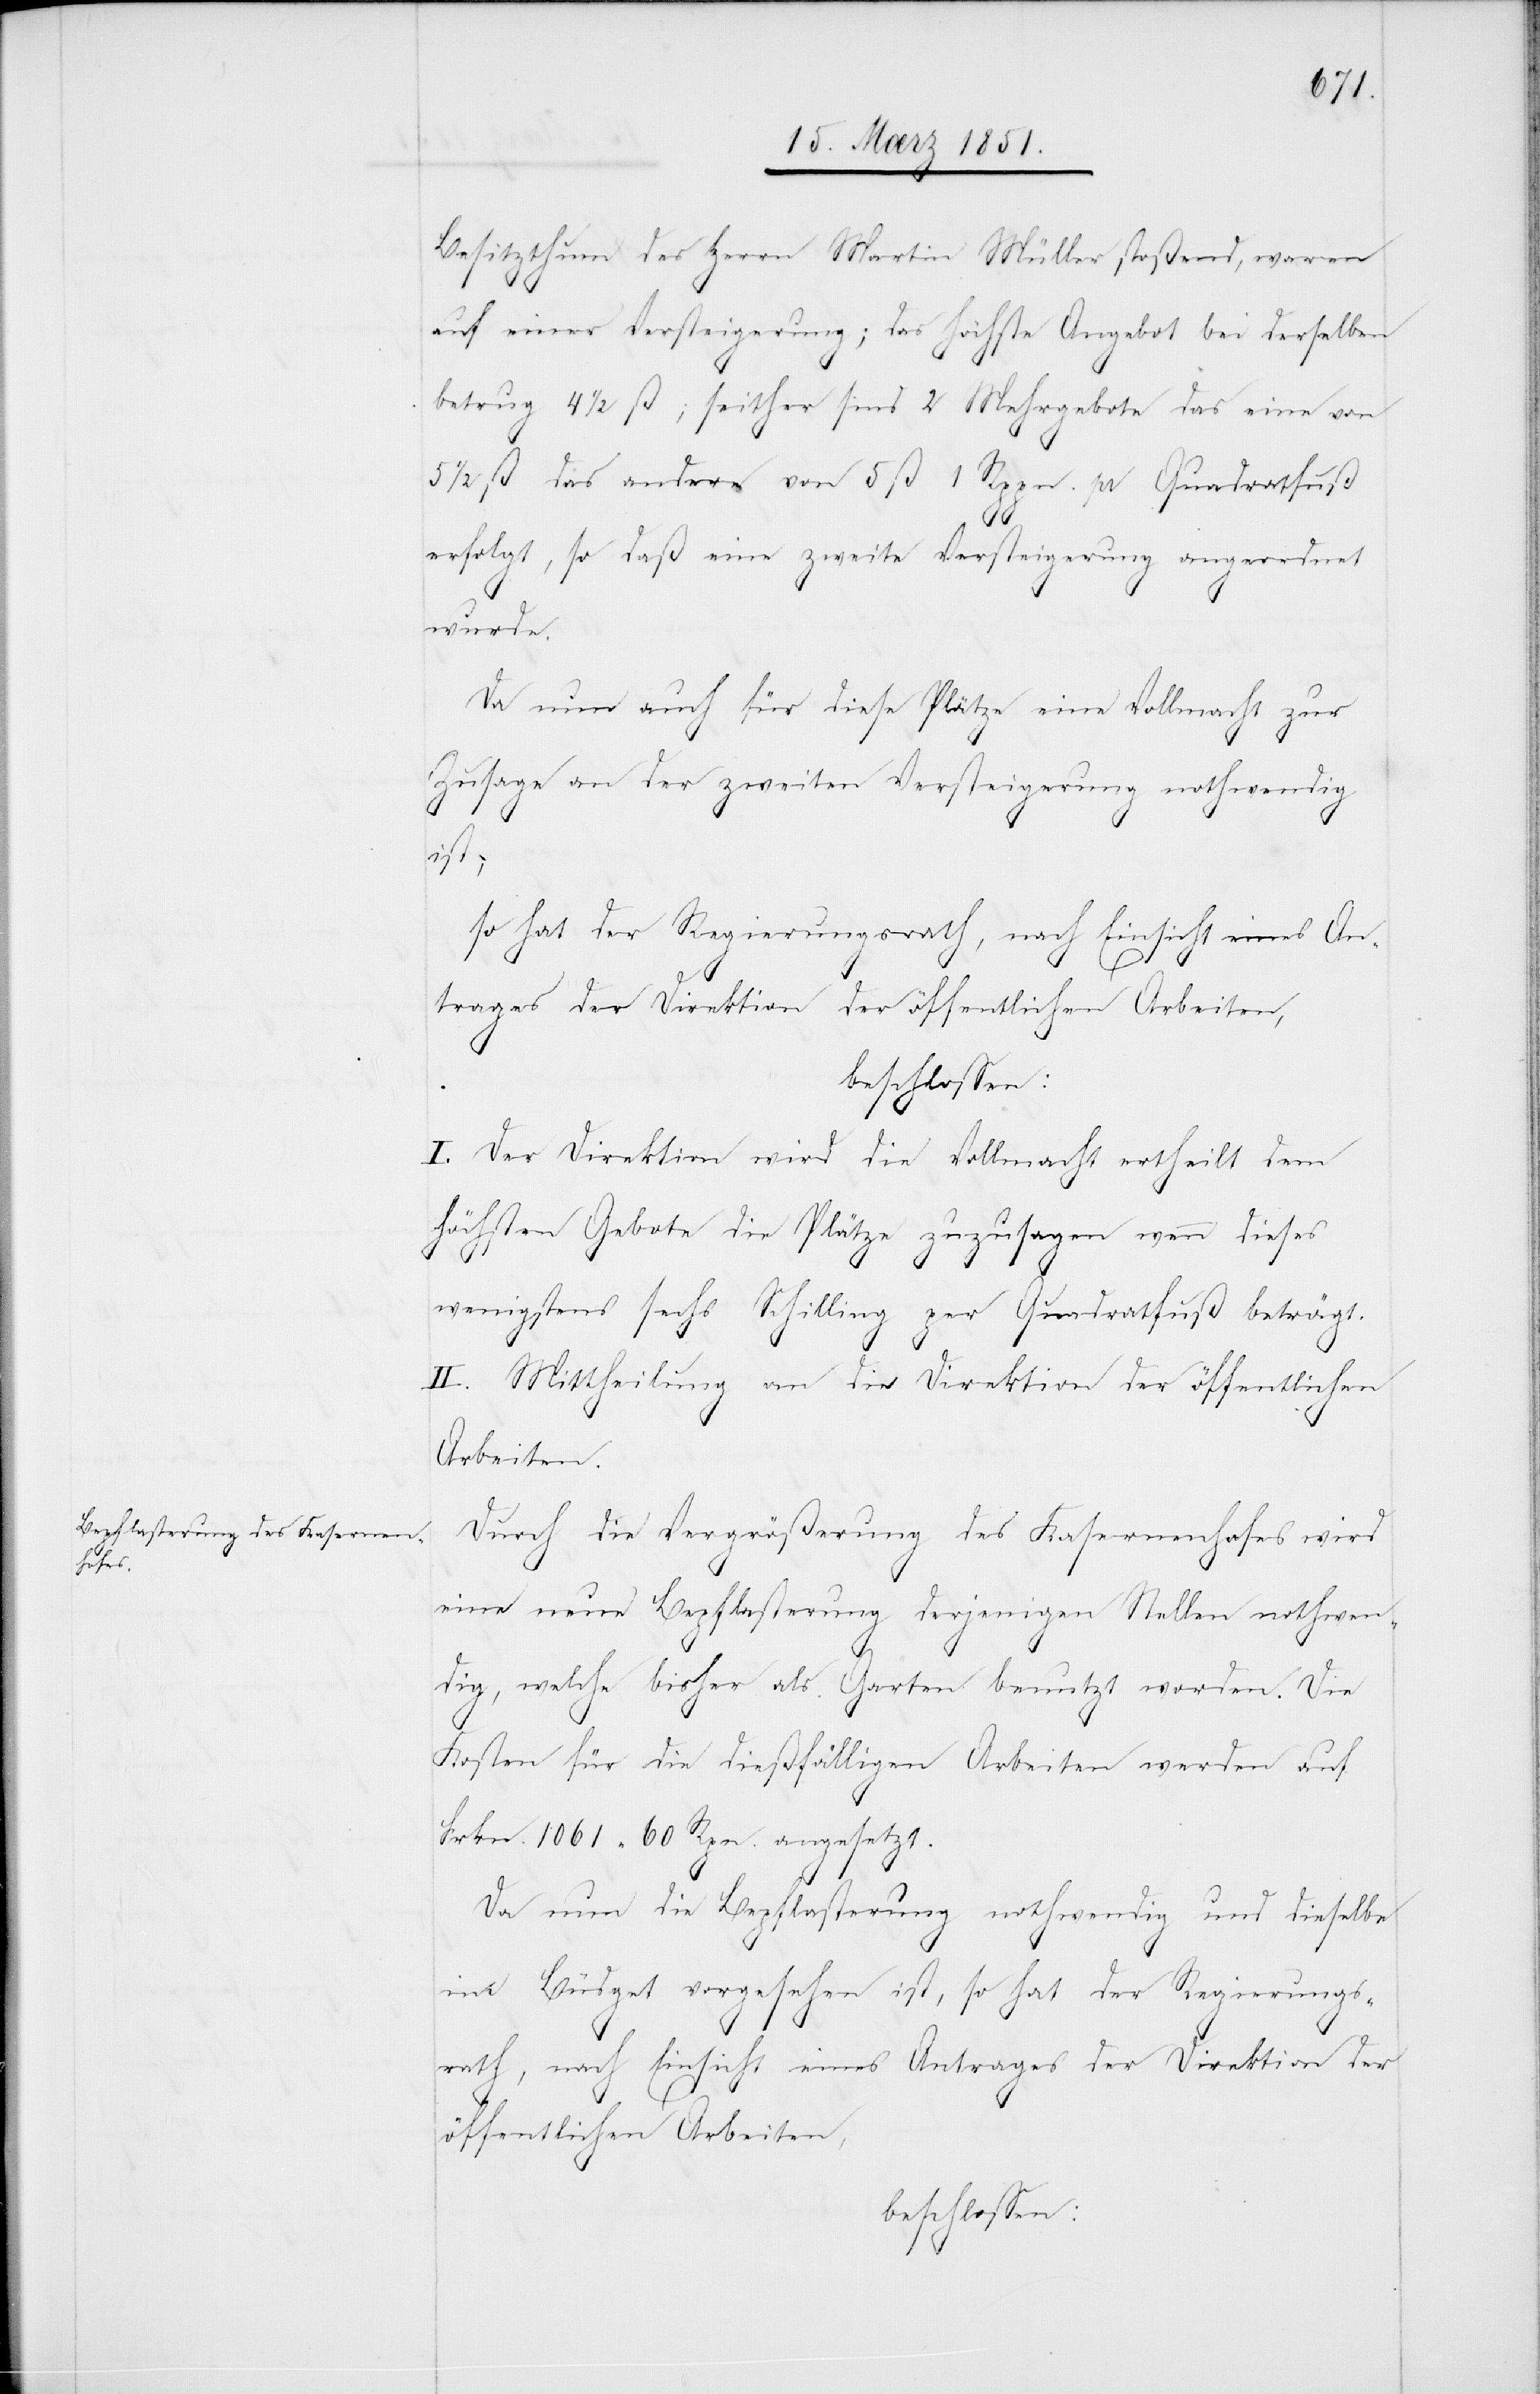
Besitzthum des Herrn Martin Müller stoßend, waren
auf einer Versteigerung; das höchste Angebot bei derselben
betrug 4 1/2 ß; seither sind 2 Mehrgebote das eine von
5 1/2 ß das andere von 5 ß 1 Rppn. pr Quadratfuß
erfolgt, so daß eine zweite Versteigerung angeordnet
wurde.
Da nun auch für diese Plätze eine Vollmacht zur
Zusage an der zweiten Versteigerung nothwendig
ist;
so hat der Regierungsrath, nach Einsicht eines An¬
trages der Direktion der öffentlichen Arbeiten,
beschlossen:
I. Der Direktion wird die Vollmacht ertheilt dem
höchsten Gebote die Plätze zuzusagen wenn dieses
wenigstens sechs Schilling per Quadratfuß beträgt.
II. Mittheilung an die Direktion der öffentlichen
Arbeiten.
Durch die Vergrößerung des Kasernenhofes wird
eine neue Bepflasterung derjenigen Stellen nothwen¬
dig, welche bisher als Garten benutzt worden. Die
Kosten für die dießfälligen Arbeiten werden auf
Frkn. 1061 60 Rpn. angesetzt.
Da nun die Bepflasterung nothwendig und dieselbe
im Büdget vorgesehen ist, so hat der Regierungs¬
rath, nach Einsicht eines Antrages der Direktion der
öffentlichen Arbeiten,
beschlossen: